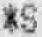
*S